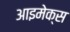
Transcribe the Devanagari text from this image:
आइमेक्स